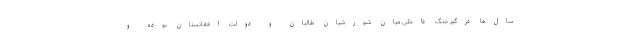
سال‌ها درگیر جنگ داخلی میان شورشیان طالبان و دولت افغانستان بوده و